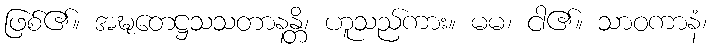
ဖြစ်၏။ အဍ္ဎတေဋ္ဌသသတာနန္တိ၊ ဟူသည်ကား။ မမ၊ ငါ၏။ သာဝကာနံ၊